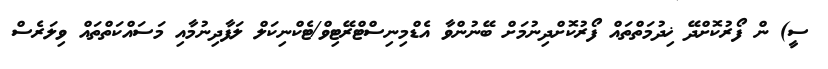
ސީ) ން ފޯރުކޮށްދޭ ޚިދުމަތްތައް ފޯރުކޮށްދިނުމަށް ބޭނުންވާ އެޑްމިނިސްޓްރޭޓިވް/ޓެކްނިކަލް ލަފާދިނުމާއި މަސައްކަތްތައް ވިލަރެސް